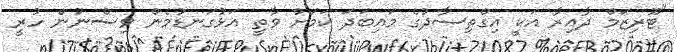
"ޓޫރިޒަމް ދާއިރާ އަކީ އިގްތިސާދުގެ މައިބަދަ ކަމަށް ވާތީ އަޅުގަނޑުމެން ވިސްނުން ހުރީ